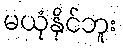
မယုံနိုင်ဘူး